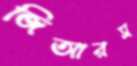
জিআরস